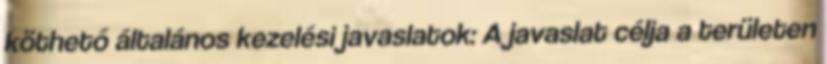
köthető általános kezelési javaslatok: A javaslat célja a területen